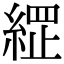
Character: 𮈣